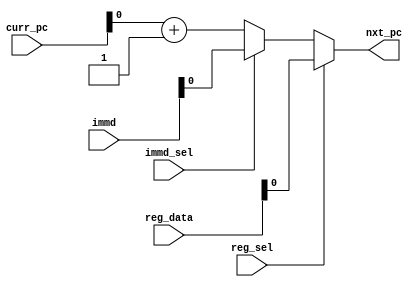
module pc_mux(
		input [21:0] curr_pc,
		input [21:0] immd,
		input [21:0] reg_data,
		input reg_sel,
		input immd_sel,
		output nxt_pc);
	
	assign nxt_pc = (reg_sel) ? reg_data :
					(immd_sel) ? immd : curr_pc + 1;
	
endmodule